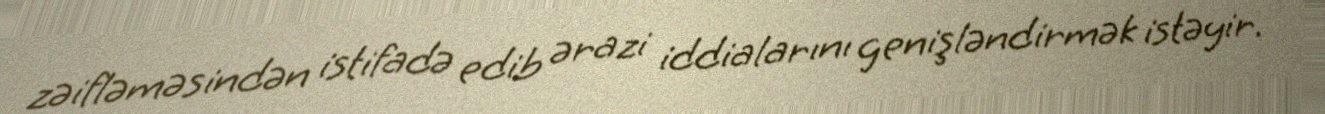
zəifləməsindən istifadə edib ərazi iddialarını genişləndirmək istəyir.